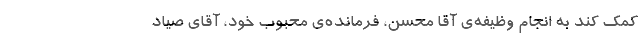
کمک کند به انجام وظیفه‌ی آقا محسن، فرمانده‌ی محبوب خود، آقای صیاد